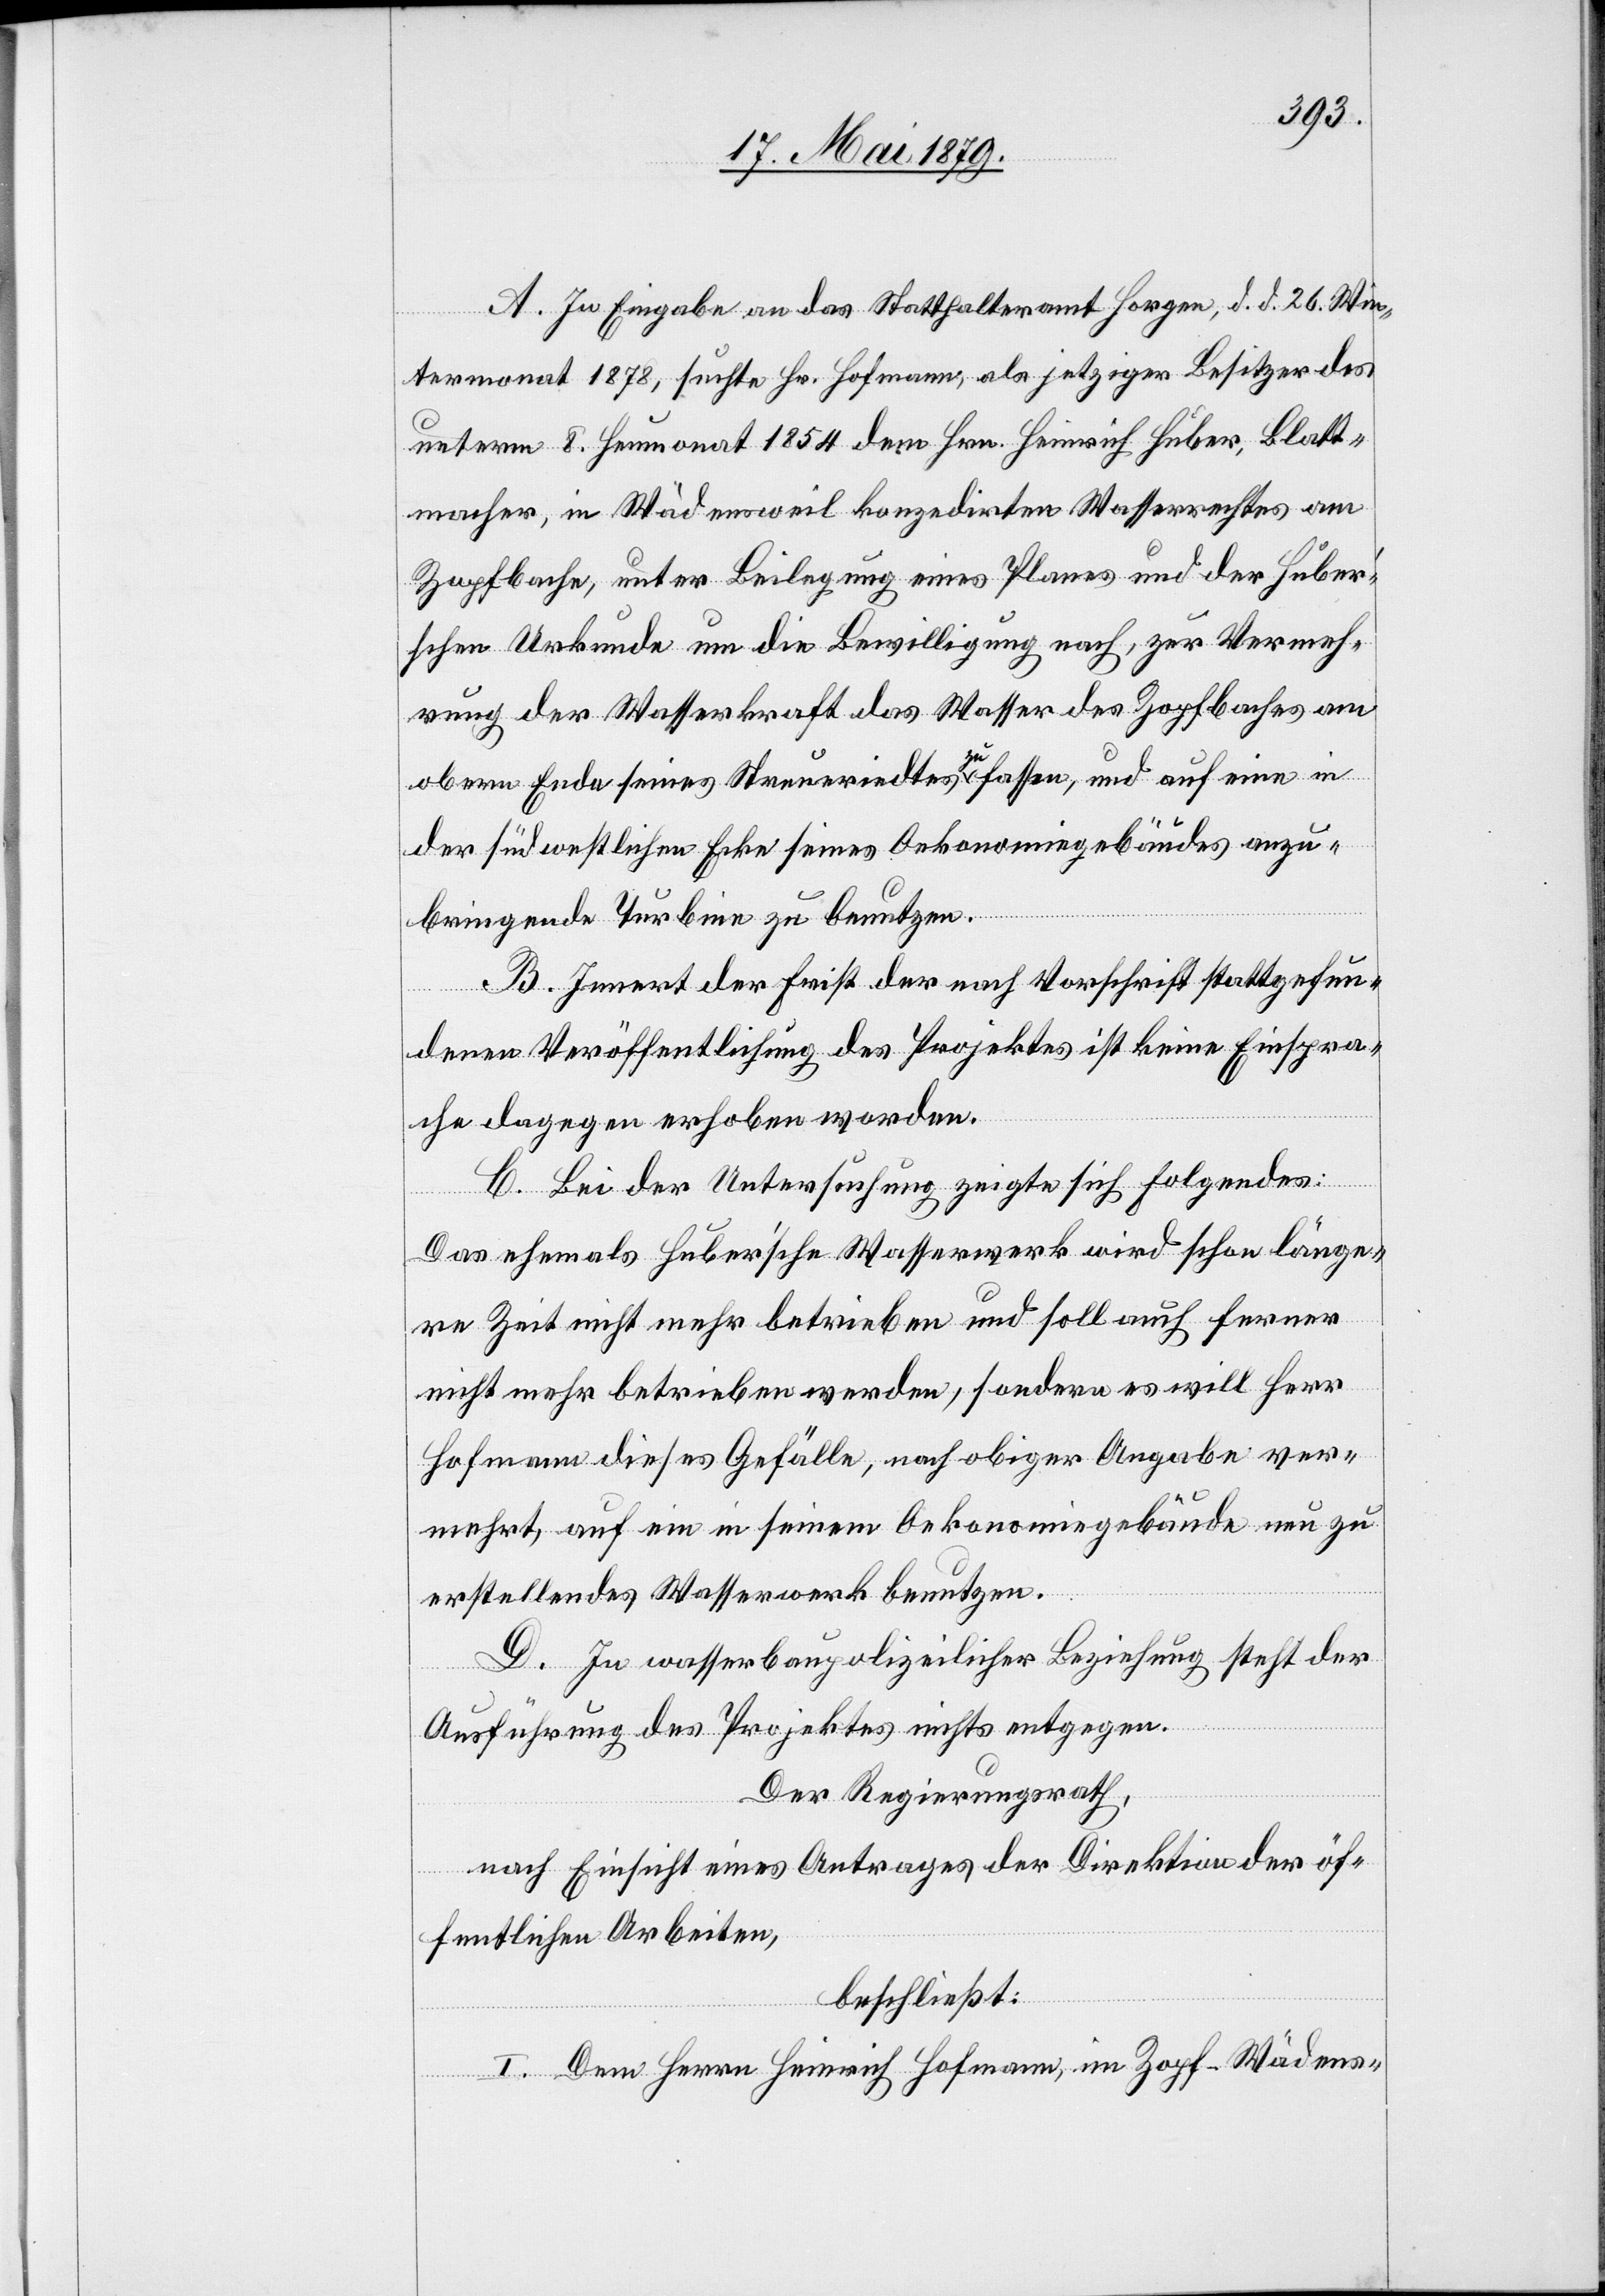
A. In Eingabe an das Statthalteramt Horgen, d. d. 26. Win¬
termonat 1878, suchte Hr. Hofmann, als jetziger Besitzer des
unterm 8. Heumonat 1854 dem Hrn. Heinrich Huber, Blatt¬
macher, in Wädensweil konzedirten Wasserrechtes am
Zopfbache, unter Beilegung eines Planes und der Huber’s¬
chen Urkunde um die Bewilligung nach, zur Vermeh¬
rung der Wasserkraft das Wasser des Zopfbaches am
obern Ende seines Streueriedtes zu fassen, und auf eine in
der südwestlichen Ecke seines Oekonomiegebäudes anzu¬
bringende Turbine zu benutzen.
B. Innert der Frist der nach Vorschrift stattgefun¬
denen Veröffentlichung des Projektes ist keine Einspra¬
che dagegen erhoben worden.
C. Bei der Untersuchung zeigte sich folgendes:
Das ehemals Huber’sche Wasserwerk wird schon länge¬
re Zeit nicht mehr betrieben und soll auch ferner
nicht mehr betrieben werden, sondern es will Herr
Hofmann dieses Gefälle, nach obiger Angabe ver¬
mehrt, auf ein in seinem Oekonomiegebäude neu zu
erstellendes Wasserwerk benutzen.
D. In wasserbaupolizeilicher Beziehung steht der
Ausführung des Projektes nichts entgegen.
Der Regierungsrath,
nach Einsicht eines Antrages der Direktion der öf¬
fentlichen Arbeiten,
beschließt:
I. Dem Herrn Heinrich Hofmann, im Zopf - Wädens-